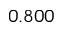
0 . 8 0 0